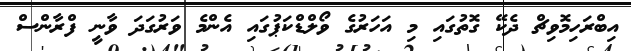
އިބްރަހިމޮވިޗް ދެކޭ ގޮތުގައި މި އަހަރުގެ ވޯލްޑްކަޕުގައި އެންމެ ވަރުގަދަ ވާނީ ފްރާންސް